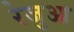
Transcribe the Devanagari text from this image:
रेजुआ